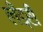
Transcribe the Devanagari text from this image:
लँड्री